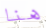
هنا